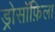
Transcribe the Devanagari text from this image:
ड्रोसॉफ़िला